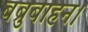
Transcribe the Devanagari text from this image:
बब्रुबाहन।